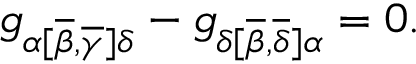
g _ { \alpha [ \overline { { { \beta } } } , \overline { { { \gamma } } } ] \delta } - g _ { \delta [ \overline { { { \beta } } } , \overline { { { \delta } } } ] \alpha } = 0 .